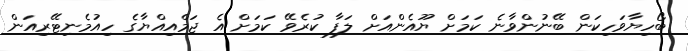
ބޯހިޔާވަހިކަން ބޭނުންވާނެ ކަމަށް ޔޫއެންއަށް ލަފާ ކުރެވޭ ކަމަށް އެ ޖަމްއިއްޔާގެ ހިއުމެނިޓޭރިއަން